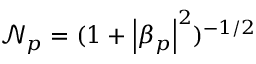
\mathcal { N } _ { p } = ( 1 + \left| \beta _ { p } \right| ^ { 2 } ) ^ { - 1 / 2 }